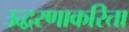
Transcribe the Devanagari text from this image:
उद्धरणाकरिता